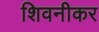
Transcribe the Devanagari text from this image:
शिवनीकर